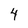
Character: 4